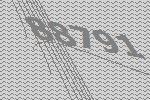
88791